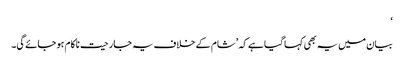
‘
بیان میں یہ بھی کہا گیا ہے کہ ’شام کے خلاف یہ جارحیت ناکام ہو جائے گی۔